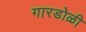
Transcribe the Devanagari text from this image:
गारडोळी